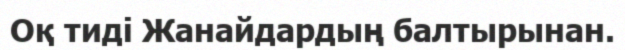
Оқ тиді Жанайдардың балтырынан.